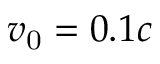
v _ { \mathrm { 0 } } = 0 . 1 c